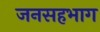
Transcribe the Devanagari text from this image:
जनसहभाग